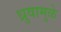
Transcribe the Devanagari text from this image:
ध्रुवामुळे